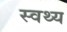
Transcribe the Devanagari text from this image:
स्वथ्य